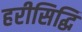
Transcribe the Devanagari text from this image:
हरीसिद्धि